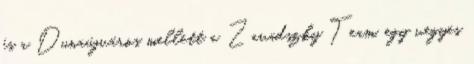
és a Dunaújváros mellett a Zavadszky Team, egy vegyes